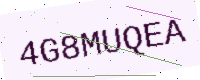
Text: 4G8MUQEA